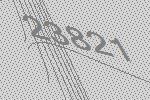
23821